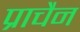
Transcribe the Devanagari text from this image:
प्राचैन